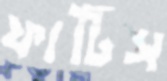
ফাটিস